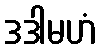
ဒဒါမဟံ